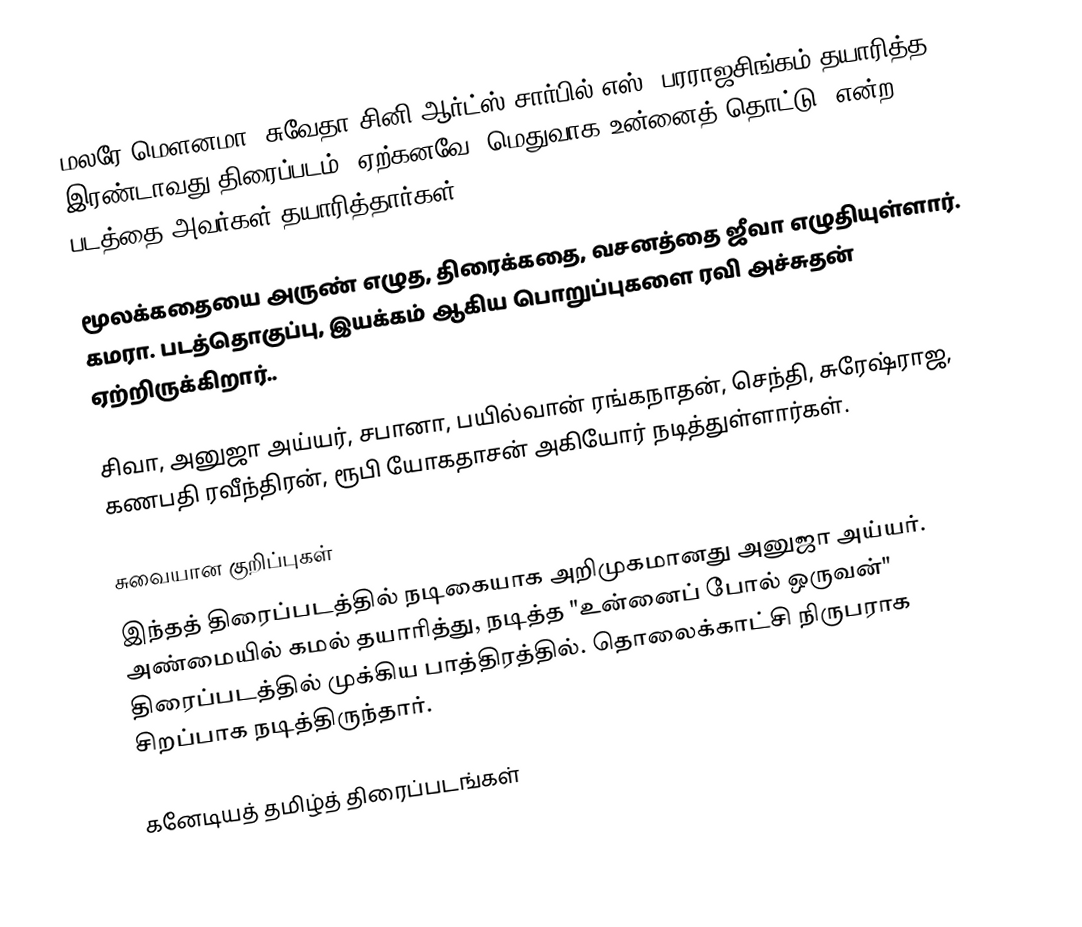
மலரே மௌனமா, சுவேதா சினி ஆர்ட்ஸ் சார்பில் எஸ். பரராஜசிங்கம் தயாரித்த இரண்டாவது திரைப்படம். ஏற்கனவே "மெதுவாக உன்னைத் தொட்டு" என்ற படத்தை அவர்கள் தயாரித்தார்கள்.

மூலக்கதையை அருண் எழுத, திரைக்கதை, வசனத்தை ஜீவா எழுதியுள்ளார். கமரா. படத்தொகுப்பு, இயக்கம் ஆகிய பொறுப்புகளை ரவி அச்சுதன் ஏற்றிருக்கிறார்..

சிவா, அனுஜா அய்யர், சபானா, பயில்வான் ரங்கநாதன், செந்தி, சுரேஷ்ராஜ, கணபதி ரவீந்திரன், ரூபி யோகதாசன் அகியோர் நடித்துள்ளார்கள்.

சுவையான குறிப்புகள்
 இந்தத் திரைப்படத்தில் நடிகையாக அறிமுகமானது அனுஜா அய்யர். அண்மையில் கமல் தயாரித்து, நடித்த "உன்னைப் போல் ஒருவன்" திரைப்படத்தில் முக்கிய பாத்திரத்தில். தொலைக்காட்சி நிருபராக சிறப்பாக நடித்திருந்தார்.

கனேடியத் தமிழ்த் திரைப்படங்கள்